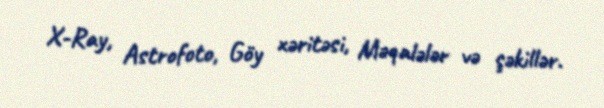
X-Ray, Astrofoto, Göy xəritəsi, Məqalələr və şəkillər.